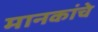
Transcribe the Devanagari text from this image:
मानकांचे